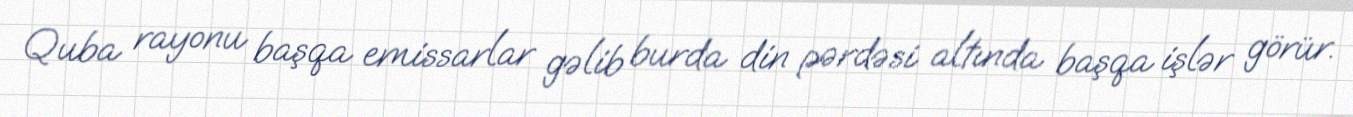
Quba rayonu başqa emissarlar gəlib burda din pərdəsi altında başqa işlər görür.